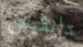
دايفيس